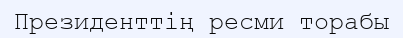
Президенттің ресми торабы